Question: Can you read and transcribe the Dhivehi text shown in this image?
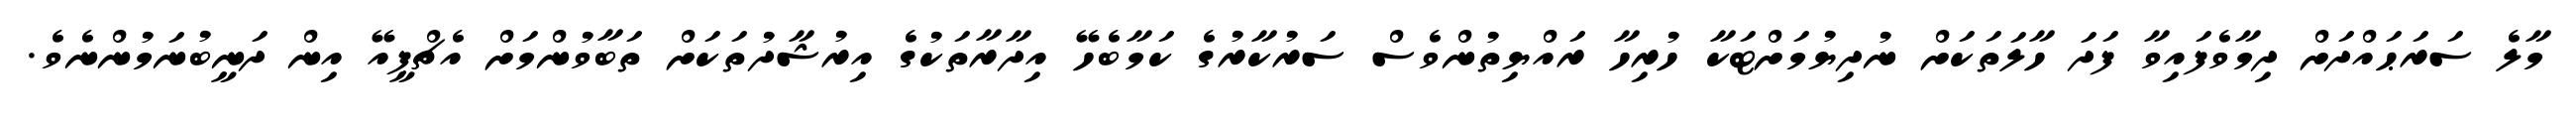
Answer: މާލެ ސަރަޙައްދަށް ދިމާވެފައިވާ ފަދަ ހާލަތަކަށް ނުދިޔުމަށްޓަކާ ހުރިހާ ރައްޔިތުންވެސް ސަރުކާރުގެ ކަމާބެހޭ އިދާރާތަކުގެ އިރުޝާދުތަކަށް ތަބާވުންމަށް އެޗްޕީއޭ އިން ދަނީބުނަމުންނެވެ.